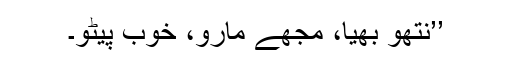
’’نتھو بھیّا، مجھے مارو، خوب پیٹو۔